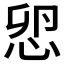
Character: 𢘴